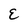
Character: E